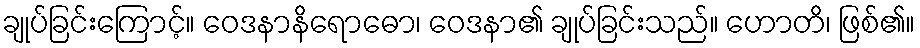
ချုပ်ခြင်းကြောင့်။ ဝေဒနာနိရောဓော၊ ဝေဒနာ၏ ချုပ်ခြင်းသည်။ ဟောတိ၊ ဖြစ်၏။